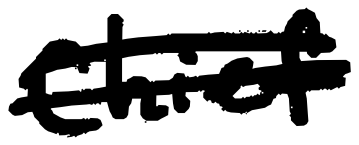
Text: Chief
Cross-out: double-line
Writing tool: digital_black